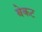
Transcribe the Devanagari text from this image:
बेकट